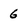
Character: 6